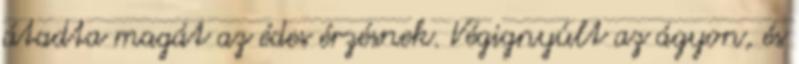
átadta magát az édes érzésnek. Végignyúlt az ágyon, és